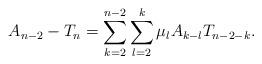
LaTeX: \begin{align*}A_{n-2}-T_n=\sum_{k=2}^{n-2}\sum_{l=2}^k\mu_lA_{k-l}T_{n-2-k}.\end{align*}